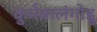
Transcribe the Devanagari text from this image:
कुर्मबालंगोडू